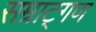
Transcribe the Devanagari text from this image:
सम्राट्गण